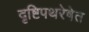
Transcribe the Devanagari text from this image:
दृष्टिपथरेषेत